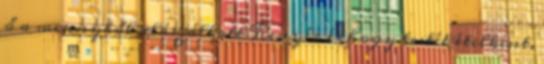
ő a mennyből alászállott Kenyér és hogy testét ételként,